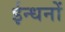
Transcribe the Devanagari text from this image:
ईन्धनों